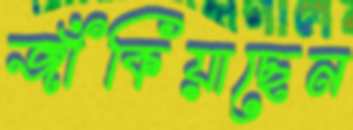
জাঁকিয়াছেন